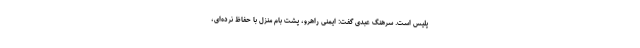
پلیس است. سرهنگ عبدی گفت: ایمنی راهرو، پشت بام منزل با حفاظ نرده‌ای،